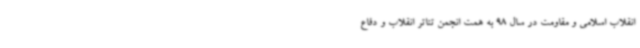
انقلاب اسلامی و مقاومت در سال 98 به همت انجمن تئاتر انقلاب و دفاع